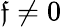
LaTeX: \mathfrak{f}\neq0